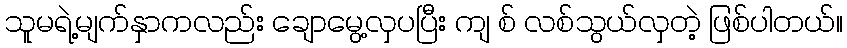
သူမရဲ့မျက်နှာကလည်း ချောမွေ့လှပပြီး ကျ စ် လစ်သွယ်လှတဲ့ ဖြစ်ပါတယ်။